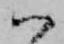
ハ